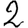
Digit: 2